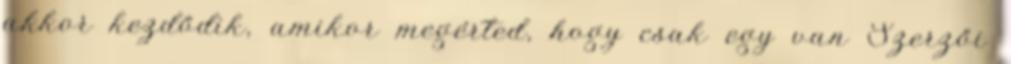
akkor kezdődik, amikor megérted, hogy csak egy van Szerzői